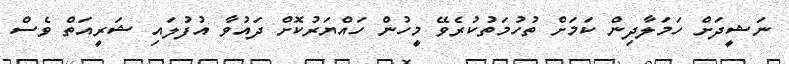
ނަޝީދަށް ހަމަލާދިން ކަމަށް ތުހުމަތުކުރެވޭ މީހުން ހައްޔަރުކޮށް ދައުވާ އުފުލައި ޝަރީއަތް ވެސް